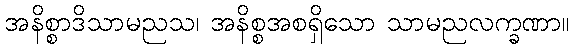
အနိစ္စာဒိသာမညသ၊ အနိစ္စအစရှိသော သာမညလက္ခဏာ။